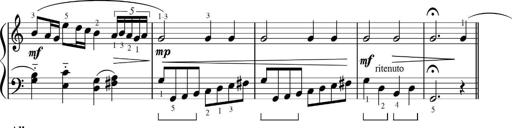
Title: Sonatinas
Composer: Andrew Violette